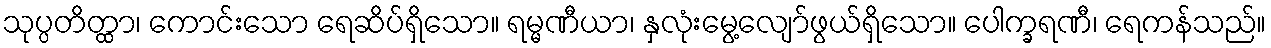
သုပ္ပတိတ္ထာ၊ ကောင်းသော ရေဆိပ်ရှိသော။ ရမ္မဏီယာ၊ နှလုံးမွေ့လျော်ဖွယ်ရှိသော။ ပေါက္ခရဏီ၊ ရေကန်သည်။